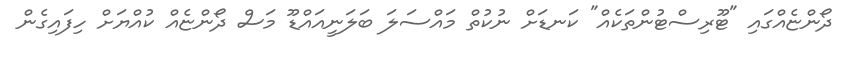
ދޯންޏެއްގައި "ޓޫރިސްޓުންތަކެއް" ކަނޑަށް ނުކުތް މައްސަލަ ބަލަނީއައްޑޫ މަސް ދޯންޏެއް ކުއްޔަށް ހިފައިގެން